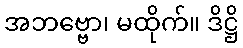
အဘဗ္ဗော၊ မထိုက်။ ဒိဋ္ဌိ